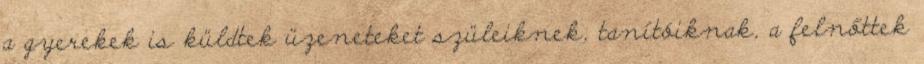
a gyerekek is küldtek üzeneteket szüleiknek, tanítóiknak, a felnőttek